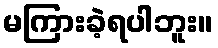
မကြားခဲ့ရပါဘူး။